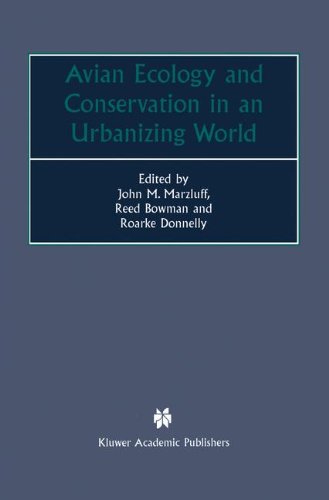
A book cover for Avian Ecology and Conservation in an Urbanizing World; Science & Math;